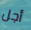
أجل